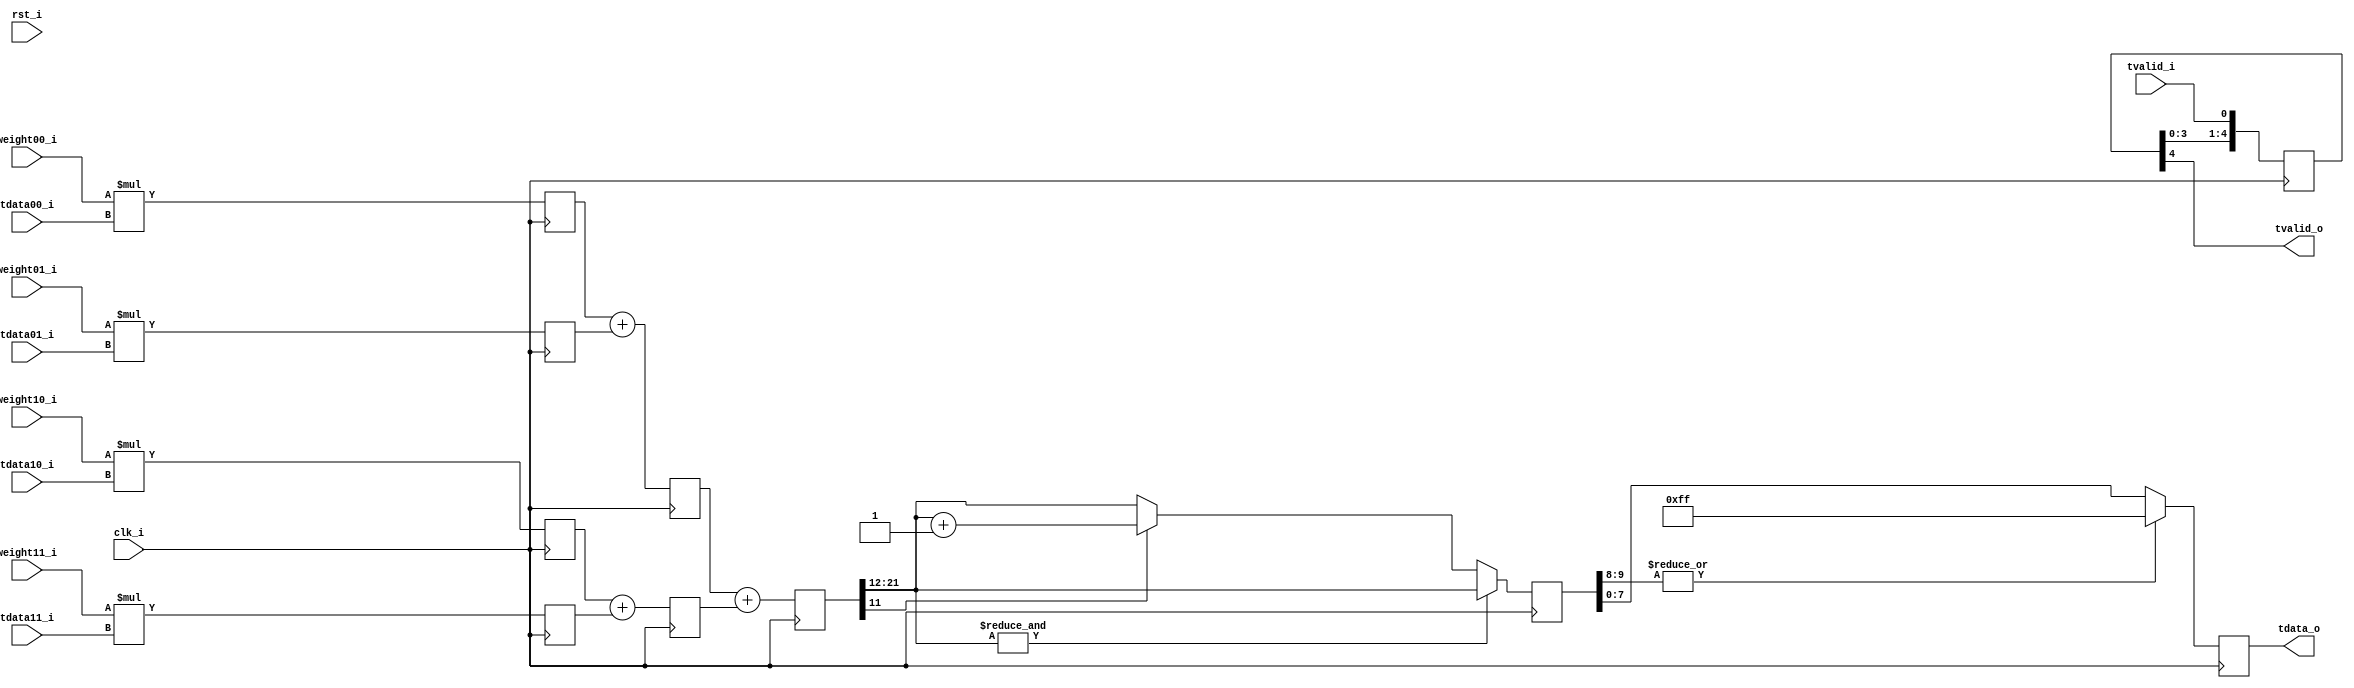
module cal_bilinear_data
                        #(parameter DATA_WIDTH = 8,
                          parameter FIX_WIDTH  = 12
         
                        )
                        (
                         input                  clk_i,
                         input                  rst_i,
         
                         input                  tvalid_i,
                         input[DATA_WIDTH-1:0]  tdata00_i,//
                         input[DATA_WIDTH-1:0]  tdata01_i,//  
                         input[DATA_WIDTH-1:0]  tdata10_i,//
                         input[DATA_WIDTH-1:0]  tdata11_i,//
         
                         input[FIX_WIDTH -1:0]  weight00_i,//w00
                         input[FIX_WIDTH -1:0]  weight01_i,//w01 
                         input[FIX_WIDTH -1:0]  weight10_i,//w10
                         input[FIX_WIDTH -1:0]  weight11_i,//w11                  
         
                         output                 tvalid_o,
                         output[DATA_WIDTH-1:0] tdata_o
                         );

localparam MULTI_WIDTH = FIX_WIDTH + DATA_WIDTH;
//---------calculation ------------
reg[MULTI_WIDTH - 1 : 0] multi00 = 0;
reg[MULTI_WIDTH - 1 : 0] multi01 = 0;
reg[MULTI_WIDTH - 1 : 0] multi10 = 0;
reg[MULTI_WIDTH - 1 : 0] multi11 = 0;
always@(posedge clk_i)begin
  multi00 <=  weight00_i * tdata00_i;  
  multi01 <=  weight01_i * tdata01_i;
  multi10 <=  weight10_i * tdata10_i;
  multi11 <=  weight11_i * tdata11_i;     
end

reg[MULTI_WIDTH : 0] level1_add0 = 0;
reg[MULTI_WIDTH : 0] level1_add1 = 0;
always@(posedge clk_i)begin
  level1_add0 <= multi00 + multi01;  
  level1_add1 <= multi10 + multi11;     
end

reg[MULTI_WIDTH + 1 : 0] level2_add0 = 0;
always@(posedge clk_i)begin
  level2_add0 <= level1_add0 + level1_add1;     
end


reg[DATA_WIDTH + 1 : 0] round_data = 0;
always@(posedge clk_i)begin
  if(&level2_add0[MULTI_WIDTH + 1 : FIX_WIDTH])begin
    round_data <= level2_add0[MULTI_WIDTH + 1 : FIX_WIDTH];
  end else if(level2_add0[FIX_WIDTH - 1])begin
    round_data <= level2_add0[MULTI_WIDTH + 1 : FIX_WIDTH] + 1;
  end else begin
    round_data <= level2_add0[MULTI_WIDTH + 1 : FIX_WIDTH]; 
  end                                                
end

reg[DATA_WIDTH - 1 : 0] tdata = 0;
always@(posedge clk_i)begin
  tdata <= (|round_data[DATA_WIDTH + 1 -: 2]) ? {DATA_WIDTH{1'b1}} : round_data[DATA_WIDTH - 1 : 0];     
end

reg[4:0] tvalid_d = 0;
always@(posedge clk_i)begin
  tvalid_d <= {tvalid_d[3:0],tvalid_i};     
end

assign tvalid_o = tvalid_d[4];
assign tdata_o  = tdata;

endmodule